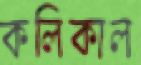
কলিকাল